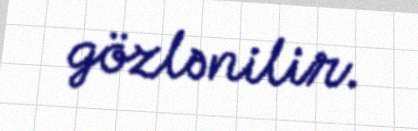
gözlənilir.